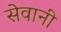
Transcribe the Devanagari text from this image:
सेवानी